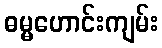
ဓမ္မဟောင်းကျမ်း